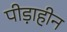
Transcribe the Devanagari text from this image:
पीड़ाहीन